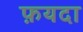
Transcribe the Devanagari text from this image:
फ़यदा